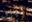
خياران